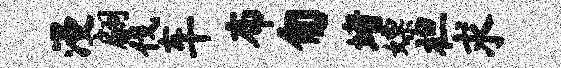
漫翩伐车布匍堵嫖袒求